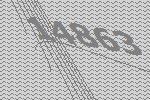
14863